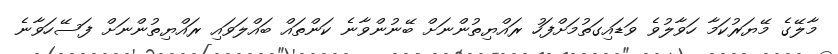
މާލޭގެ މޭޔަރުކަމާ ހަވާލުވެ ވަޑައިގަތުމަށްފަހު ރައްޔިތުންނަށް ބޭނުންވާނެ ކަންތައް ބައްލަވައި ރައްޔިތުންނަށް ފަސޭހަވާނެ